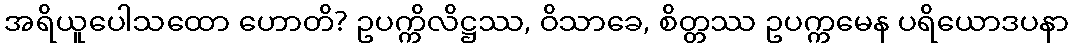
အရိယူပေါသထော ဟောတိ? ဥပက္ကိလိဋ္ဌဿ, ဝိသာခေ, စိတ္တဿ ဥပက္ကမေန ပရိယောဒပနာ